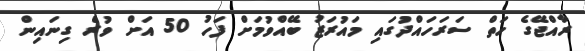
ރާއްޖޭގެ ހަތް ސަރަހައްދުގައި މައުރަޒު ބޭއްވުމަށް ފަހު 50 އަށް ވުރެ ގިނައިން